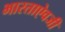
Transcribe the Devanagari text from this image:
भारताऐवजी